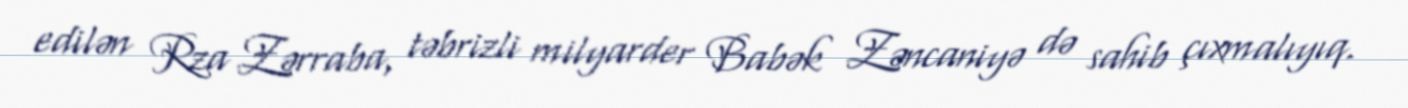
edilən Rza Zərraba, təbrizli milyarder Babək Zəncaniyə də sahib çıxmalıyıq.